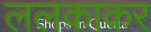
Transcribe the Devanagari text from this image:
ललकाकर